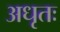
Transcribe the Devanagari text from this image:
अधृतः